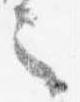
之